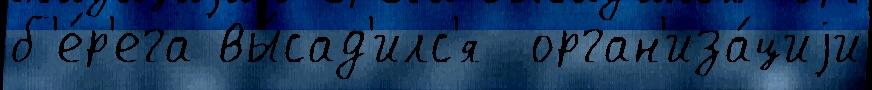
б'е́р'ега вы́сад'илс'я  орган'иза́циjи